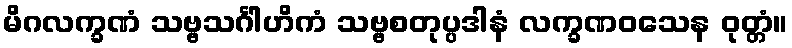
မိဂလက္ခဏံ သဗ္ဗသင်္ဂါဟိကံ သဗ္ဗစတုပ္ပဒါနံ လက္ခဏဝသေန ဝုတ္တံ။